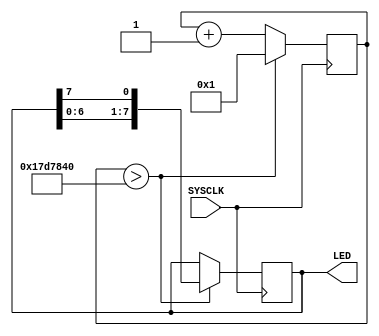
`timescale 1ns / 1ps
//////////////////////////////////////////////////////////////////////////////////
// Company: 
// Engineer: 
// 
// Design Name: 
// Module Name:    TEST 
// Project Name: 
// Target Devices: 
// Tool versions: 
// Description: 
//
// Dependencies: 
//
// Revision: 
// Revision 0.01 - File Created
// Additional Comments: 
//
//////////////////////////////////////////////////////////////////////////////////
module TEST(
    input SYSCLK,
    output [0:7] LED
    );

	reg [7:0] aaa = 8'b00000001;

	reg [31:0] counter  = 32'd0;
	parameter  maxcount = 25000000; //20ns*25000000=500ms
	
	always @ ( posedge SYSCLK )	begin
	   if ( counter > maxcount )	begin
				aaa <= {aaa[6:0],aaa[7]};
				counter <= 32'd1;
		end
		else begin
				counter <= counter + 32'd1;
		end
	end

	assign LED = aaa;

	
	
	



endmodule